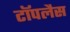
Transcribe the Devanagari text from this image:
टॉपलैस